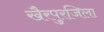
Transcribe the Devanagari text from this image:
खैरपुरजिला